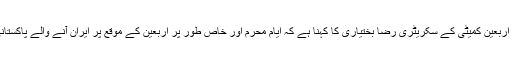
ایران کے صوبہ سیستان وبلوچستان میں اربعین کمیٹی کے سکریٹری رضا بختیاری کا کہنا ہے کہ ایام محرم اور خاص طور پر اربعین کے موقع پر ایران آنے والے پاکستانی زائرین کی تعداد کافی بڑھ جاتی ہے ۔